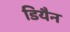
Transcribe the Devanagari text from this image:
डियैन